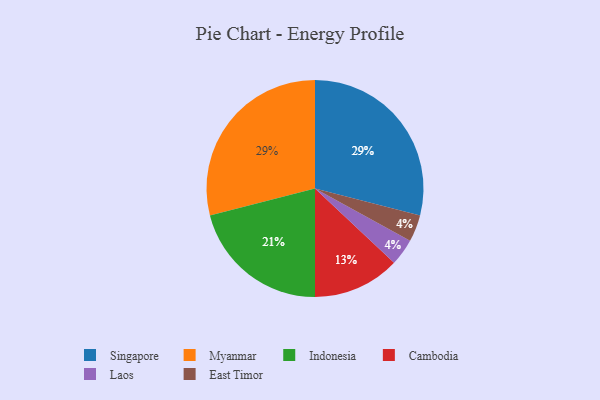
{"axis": {"x": "Category", "y": "Percentage"}, "legend": ["Cambodia", "East Timor", "Indonesia", "Laos", "Myanmar", "Singapore"], "data": [{"x": "Laos", "y": 4, "type": "Laos"}, {"x": "East Timor", "y": 4, "type": "East Timor"}, {"x": "Singapore", "y": 29, "type": "Singapore"}, {"x": "Myanmar", "y": 29, "type": "Myanmar"}, {"x": "Indonesia", "y": 21, "type": "Indonesia"}, {"x": "Cambodia", "y": 13, "type": "Cambodia"}]}